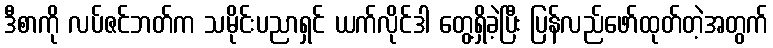
ဒီစာကို လပ်ဇင်ဘတ်က သမိုင်းပညာရှင် ယက်လိုင်ဒါ တွေ့ရှိခဲ့ပြီး ပြန်လည်ဖော်ထုတ်တဲ့အတွက်